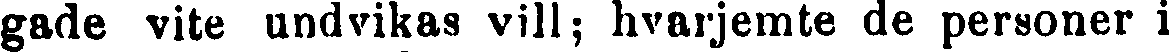
gade vite undvikas vill; hvarjemte de personer i